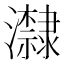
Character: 𭳬